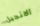
الانجيل